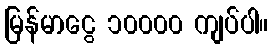
မြန်မာငွေ ၁၀၀၀၀ ကျပ်ပါ။